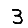
Digit: 3